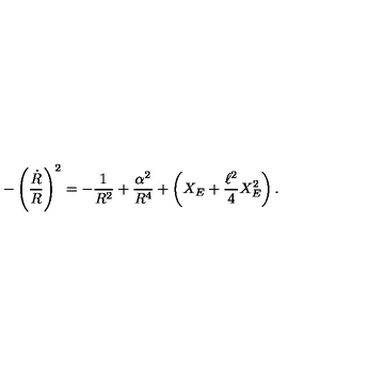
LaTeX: - \left( { \frac { \dot { R } } { R } } \right) ^ { 2 } = - { \frac { 1 } { R ^ { 2 } } } + { \frac { \alpha ^ { 2 } } { R ^ { 4 } } } + \left( X _ { E } + { \frac { \ell ^ { 2 } } { 4 } } X _ { E } ^ { 2 } \right) .